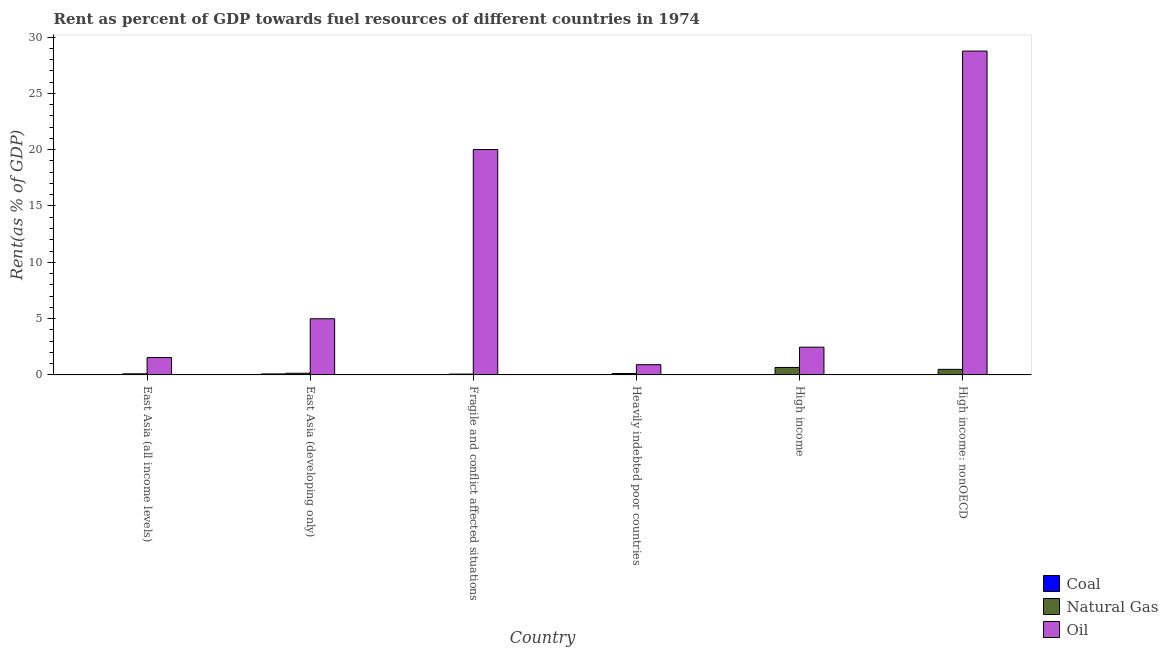
| Country | Coal | Natural Gas | Oil |
 | --- | --- | --- | --- |
 | East Asia (all income levels) | 0.0229 | 0.0966 | 1.54 |
 | East Asia (developing only) | 0.0875 | 0.147 | 4.99 |
 | Fragile and conflict affected situations | 0.00833 | 0.0714 | 20 |
 | Heavily indebted poor countries | 0.0022 | 0.125 | 0.909 |
 | High income | 0.0002 | 0.661 | 2.46 |
 | High income: nonOECD | 0.000776 | 0.494 | 28.8 |